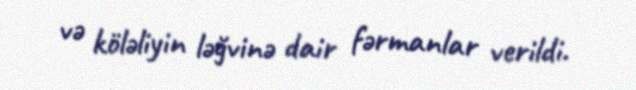
və köləliyin ləğvinə dair fərmanlar verildi.